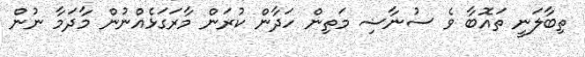
ތިބާލަނީ ތައޮބާ ވެ ސުނާޟި މަތިން ހަދާން ކުރަން މާރަގަޅެއްނުން މާދަމާ ނުން